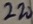
Text: 220